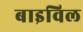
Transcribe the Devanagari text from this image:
बाइविल